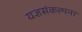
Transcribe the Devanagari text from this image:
यज्ञसंकल्पना